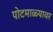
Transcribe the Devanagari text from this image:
पोटमाळ्यावर